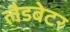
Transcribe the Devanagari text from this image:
लैडबेटर